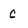
Character: C